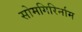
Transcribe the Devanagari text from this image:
सोमगिरिर्नाम